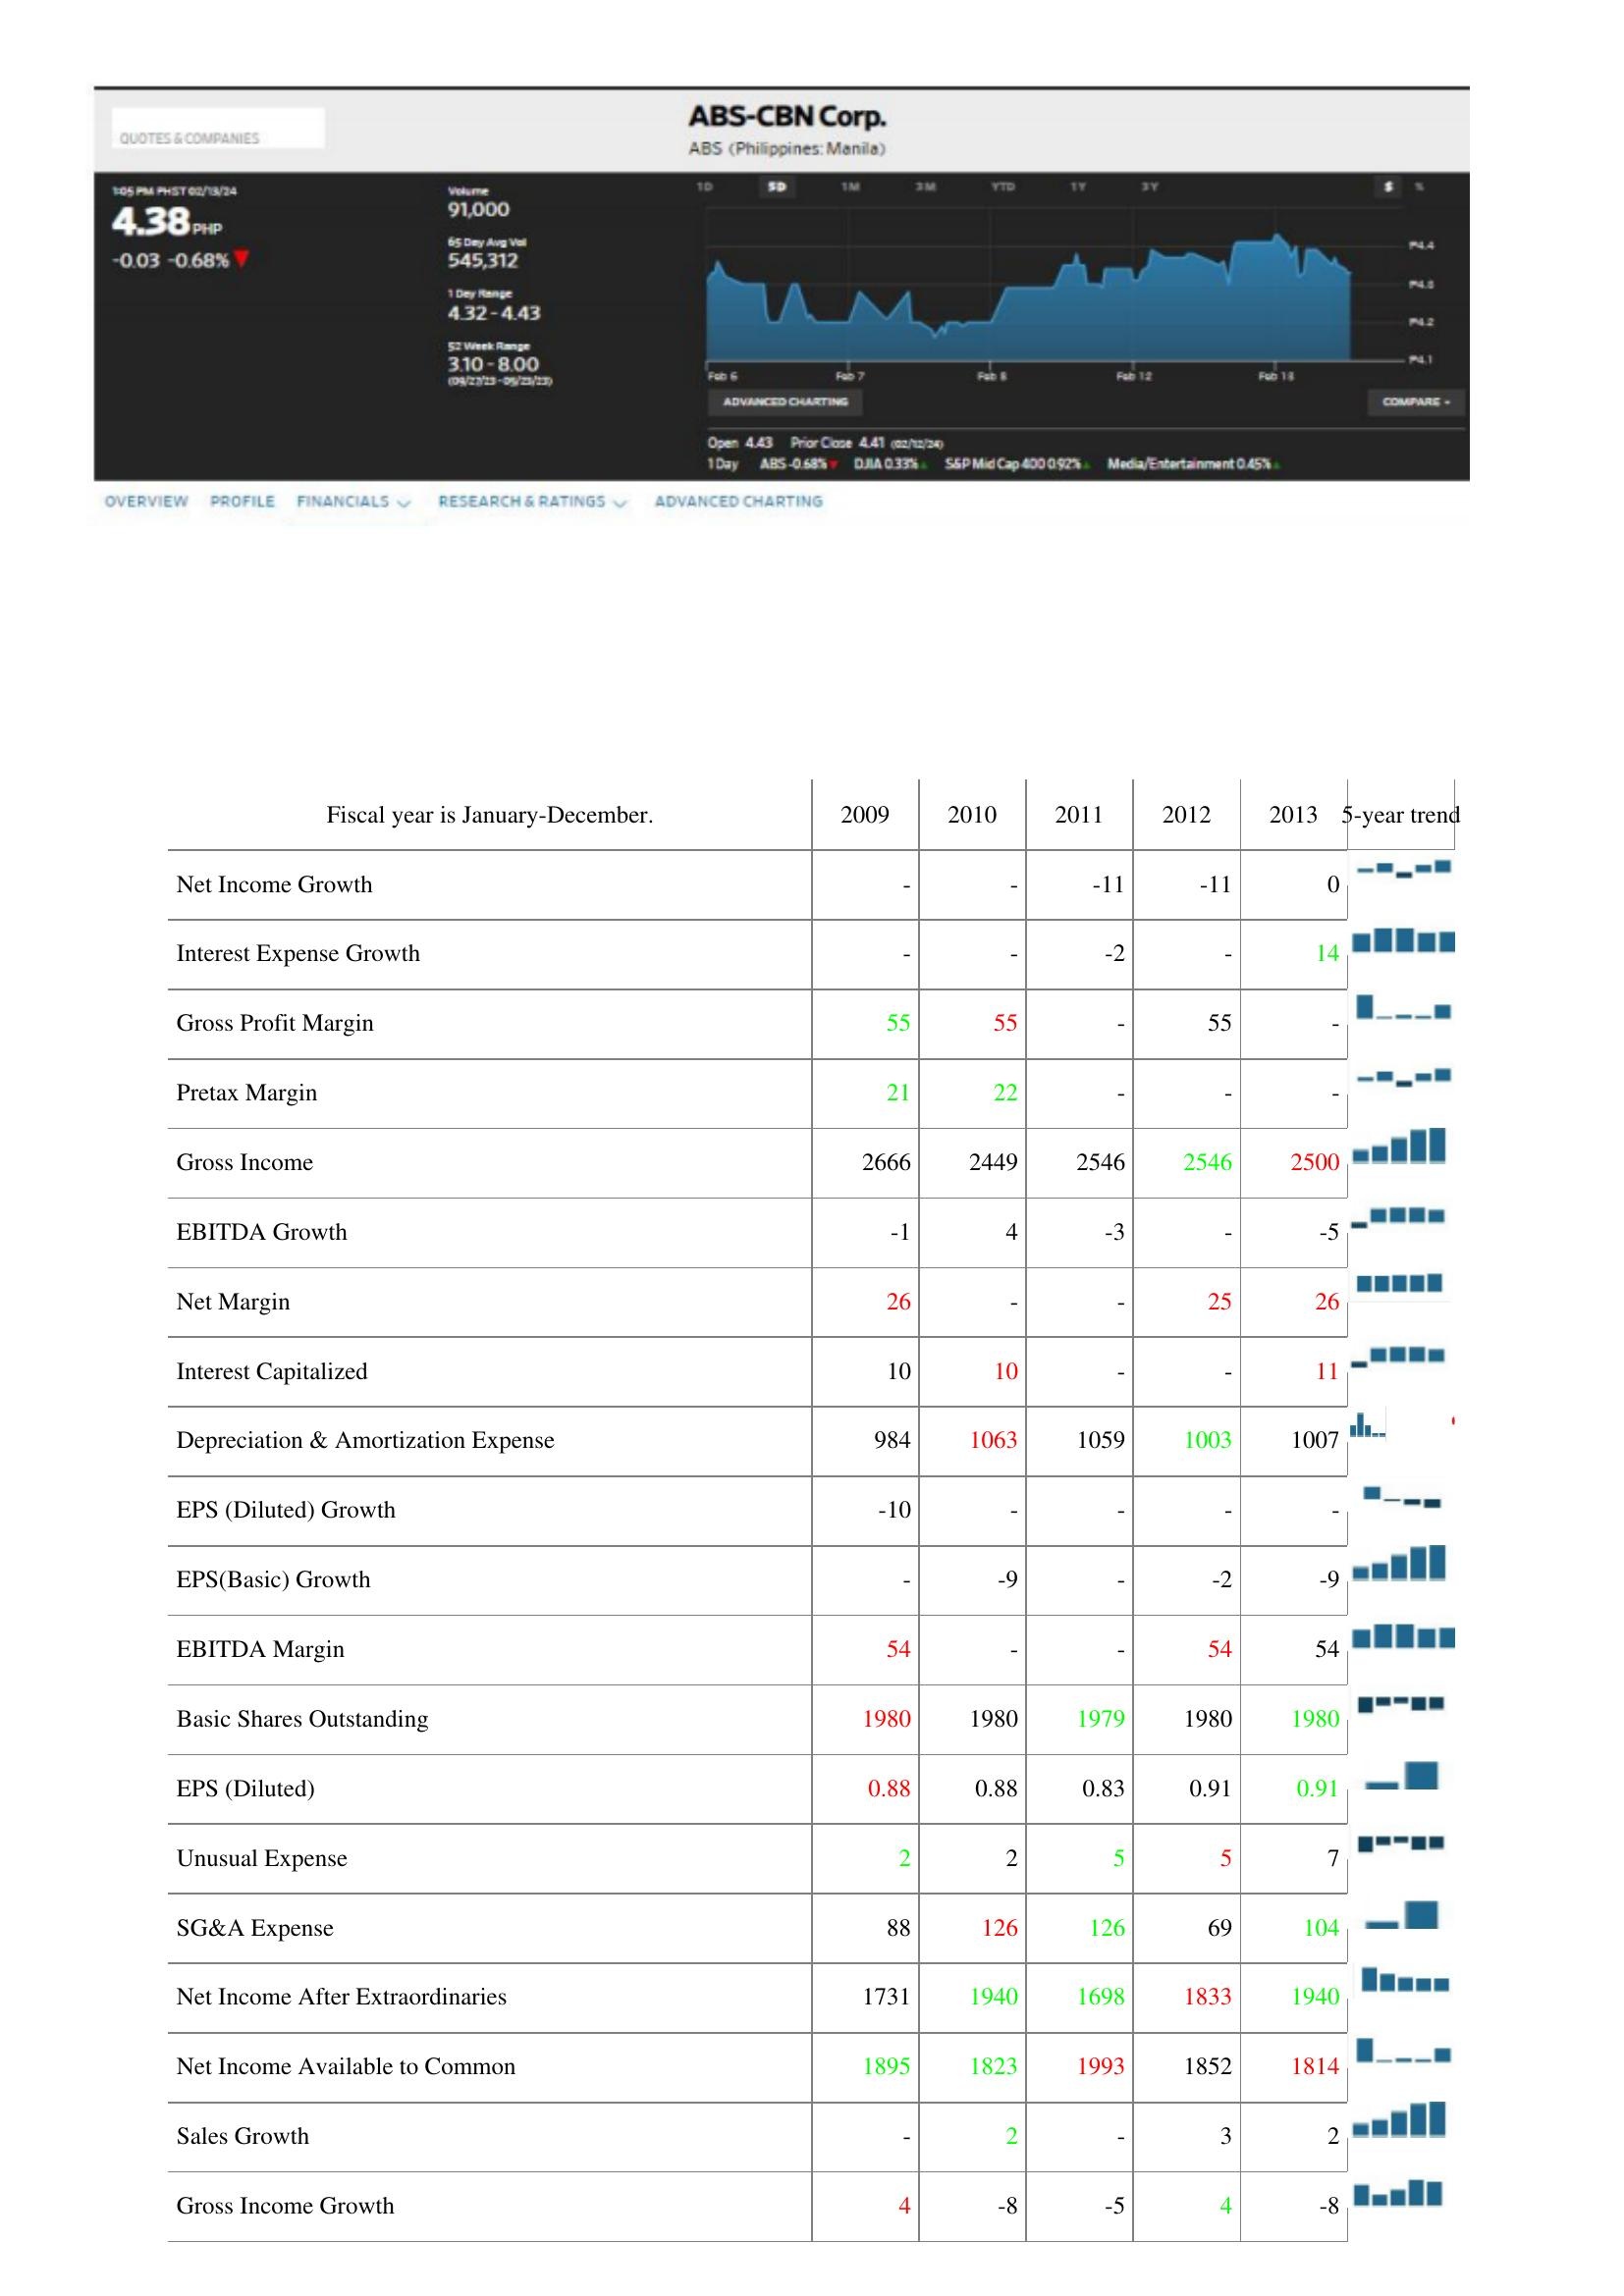
2009: : Net Income Growth: -
Interest Expense Growth: -
Gross Profit Margin: 55
Pretax Margin: 21
Gross Income: 2666
EBITDA Growth: -1
Net Margin: 26
Interest Capitalized: 10
Depreciation & Amortization Expense: 984
EPS (Diluted) Growth: -10
EPS(Basic) Growth: -
EBITDA Margin: 54
Basic Shares Outstanding: 1980
EPS (Diluted): 0.88
Unusual Expense: 2
SG&A Expense: 88
Net Income After Extraordinaries: 1731
Net Income Available to Common: 1895
Sales Growth: -
Gross Income Growth: 4
2010: : Net Income Growth: -
Interest Expense Growth: -
Gross Profit Margin: 55
Pretax Margin: 22
Gross Income: 2449
EBITDA Growth: 4
Net Margin: -
Interest Capitalized: 10
Depreciation & Amortization Expense: 1063
EPS (Diluted) Growth: -
EPS(Basic) Growth: -9
EBITDA Margin: -
Basic Shares Outstanding: 1980
EPS (Diluted): 0.88
Unusual Expense: 2
SG&A Expense: 126
Net Income After Extraordinaries: 1940
Net Income Available to Common: 1823
Sales Growth: 2
Gross Income Growth: -8
2011: : Net Income Growth: -11
Interest Expense Growth: -2
Gross Profit Margin: -
Pretax Margin: -
Gross Income: 2546
EBITDA Growth: -3
Net Margin: -
Interest Capitalized: -
Depreciation & Amortization Expense: 1059
EPS (Diluted) Growth: -
EPS(Basic) Growth: -
EBITDA Margin: -
Basic Shares Outstanding: 1979
EPS (Diluted): 0.83
Unusual Expense: 5
SG&A Expense: 126
Net Income After Extraordinaries: 1698
Net Income Available to Common: 1993
Sales Growth: -
Gross Income Growth: -5
2012: : Net Income Growth: -11
Interest Expense Growth: -
Gross Profit Margin: 55
Pretax Margin: -
Gross Income: 2546
EBITDA Growth: -
Net Margin: 25
Interest Capitalized: -
Depreciation & Amortization Expense: 1003
EPS (Diluted) Growth: -
EPS(Basic) Growth: -2
EBITDA Margin: 54
Basic Shares Outstanding: 1980
EPS (Diluted): 0.91
Unusual Expense: 5
SG&A Expense: 69
Net Income After Extraordinaries: 1833
Net Income Available to Common: 1852
Sales Growth: 3
Gross Income Growth: 4
2013: : Net Income Growth: 0
Interest Expense Growth: 14
Gross Profit Margin: -
Pretax Margin: -
Gross Income: 2500
EBITDA Growth: -5
Net Margin: 26
Interest Capitalized: 11
Depreciation & Amortization Expense: 1007
EPS (Diluted) Growth: -
EPS(Basic) Growth: -9
EBITDA Margin: 54
Basic Shares Outstanding: 1980
EPS (Diluted): 0.91
Unusual Expense: 7
SG&A Expense: 104
Net Income After Extraordinaries: 1940
Net Income Available to Common: 1814
Sales Growth: 2
Gross Income Growth: -8